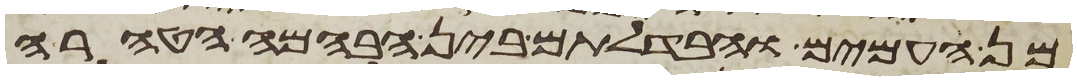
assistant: מן העמים והבדלתם בין הבהמה הטהרה